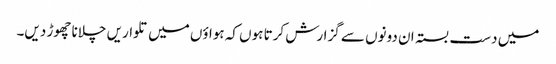
میں دست بستہ ان دونوں سے گزارش کرتا ہوں کہ ہواؤں میں تلواریں چلانا چھوڑ دیں۔